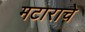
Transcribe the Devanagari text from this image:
मटाराचे